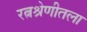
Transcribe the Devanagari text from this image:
रत्नश्रेणीतला